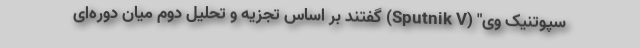
سپوتنیک وی" (Sputnik V) گفتند بر اساس تجزیه و تحلیل دوم میان دوره‌ای